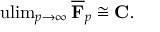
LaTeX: \operatorname { u l i m } _ { p \to \infty } { \overline { { \mathbf { F } } } } _ { p } \cong \mathbf { C } .